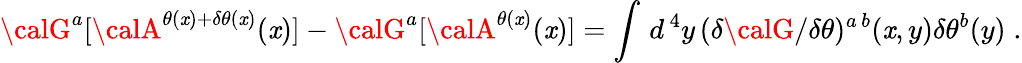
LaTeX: {\calG}^{a}[{\calA}^{\theta(\mathit{x})+\delta\theta(\mathit{x})}(\mathit{x})]-{\calG}^{a}[{\calA}^{\theta(\mathit{x})}(\mathit{x})]=\int\, d^{\, 4}y\, ({\delta{\calG}/\delta\theta})^{a\, b}(\mathit{x},y)\delta\theta^{b}(y)\; .